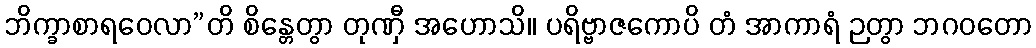
ဘိက္ခာစာရဝေလာ”တိ စိန္တေတွာ တုဏှီ အဟောသိ။ ပရိဗ္ဗာဇကောပိ တံ အာကာရံ ဉတွာ ဘဂဝတော